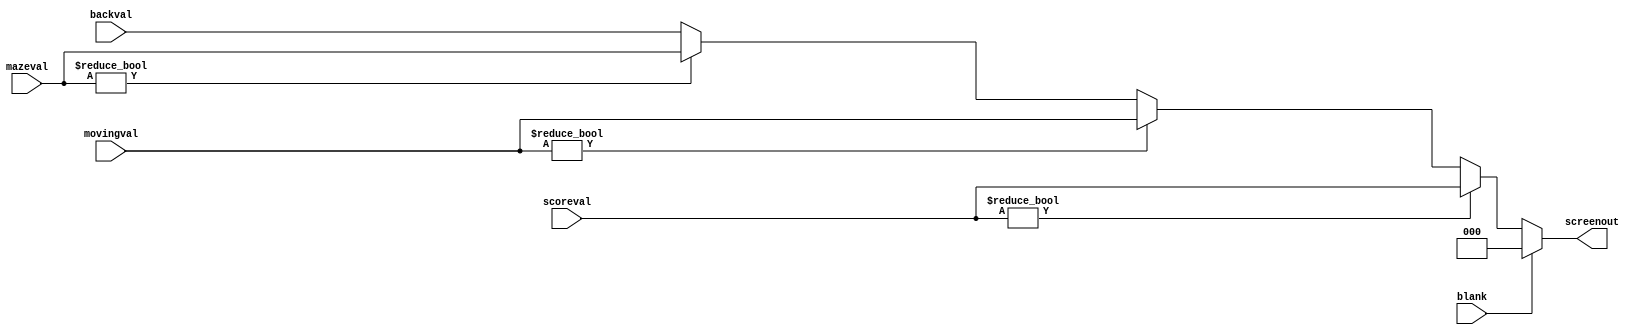
module layer_compositor(screenout, blank, scoreval, mazeval, movingval, backval);
	input [2:0] mazeval, movingval, scoreval, backval;
	input blank;
	output [2:0] screenout;
	reg [2:0] screenout;
	
	always begin
		if (blank)
			screenout = 3'b000;
		else if (scoreval != 3'b000)
			screenout = scoreval;
		else if(movingval != 3'b000)
			screenout = movingval;
		else if(mazeval != 3'b000)
			screenout = mazeval;
		else
			screenout = backval;
	end
endmodule